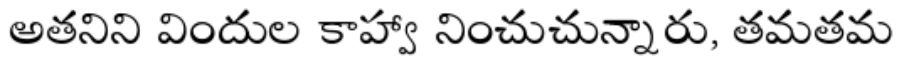
అతనిని విందుల కాహ్వా నించుచున్నారు, తమతమ